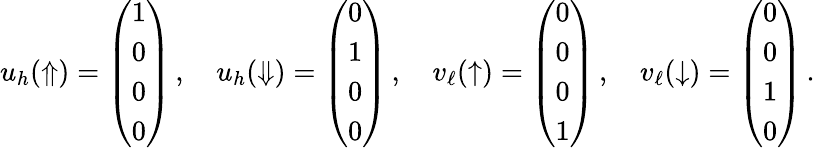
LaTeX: u_{h}(\Uparrow)=\left(\begin{array}{c}{{1}}\\ {{0}}\\ {{0}}\\ {{0}}\end{array}\right)\, ,\quad u_{h}(\Downarrow)=\left(\begin{array}{c}{{0}}\\ {{1}}\\ {{0}}\\ {{0}}\end{array}\right)\, ,\quad v_{\ell}(\uparrow)=\left(\begin{array}{c}{{0}}\\ {{0}}\\ {{0}}\\ {{1}}\end{array}\right)\, ,\quad v_{\ell}(\downarrow)=\left(\begin{array}{c}{{0}}\\ {{0}}\\ {{1}}\\ {{0}}\end{array}\right)\, .